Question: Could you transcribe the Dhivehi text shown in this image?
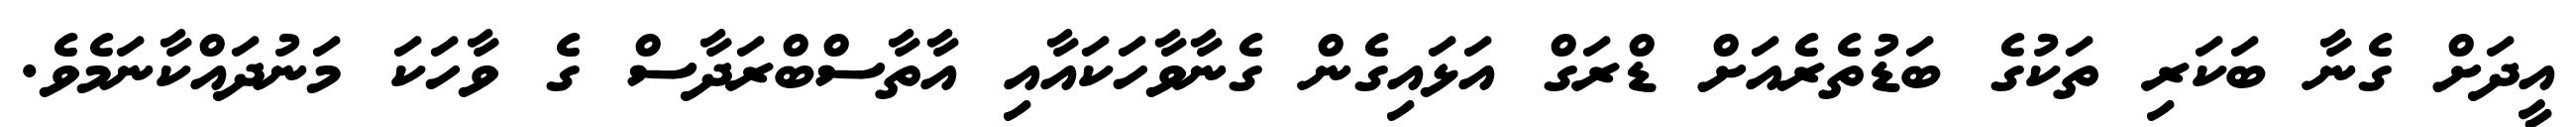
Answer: އީދަށް ގެނާ ބަކަރި ތަކުގެ ބަޑުތެރެއަށް ޑްރަގް އަޅައިގެން ގެނާވާހަކައާއި އާތާސްބްރަދާސް ގެ ވާހަކަ މަނުދައްކާނަމެވެ.